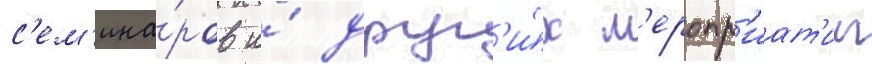
с'ем'ина́ров и́ друг'и́х м'еропр'иат'ии